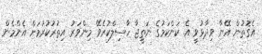
އެގޮތުން އޭނާ ވިދާޅުވީ އެ ކަންކަމުގެ ނަތީޖާ ހާސިލްކުރެވޭ މިންވަރު އިތުރުކުރުމަށް އެންމެން